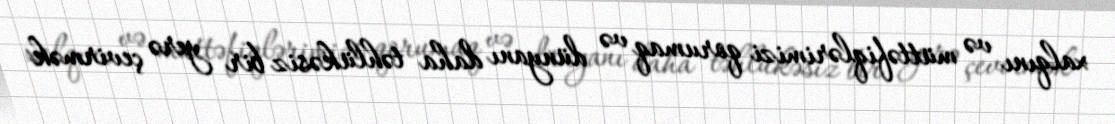
xalqını və müttəfiqlərimizi qorumaq və dünyanı daha təhlükəsiz bir yerə çevirmək